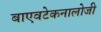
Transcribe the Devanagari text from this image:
बाएवटेकनालोजी